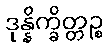
ဒုန္နိက္ခိတ္တဉ္စ